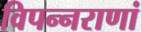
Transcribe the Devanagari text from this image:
विपन्नराणां